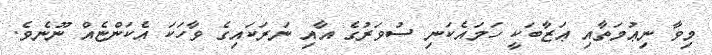
މިވާ ނިޢުމަތާއި ޢަޒާބަކީ ހަމައެކަނި ސުވަރުގެ އާއި ނަރަކައިގެ ވާހަކަ އެކަންޏެއް ނޫނެވެ.